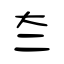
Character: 夳